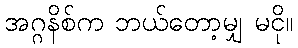
အဂ္ဂနိစ်က ဘယ်တော့မျှ မငို။